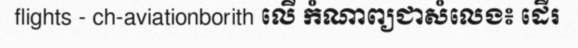
flights - ch-aviationborith លើ កំណាព្យជាសំលេង៖ ដើរ